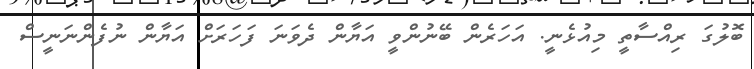
ބޮލުގަ ރިއްސާތީ މިއުޅެނީ. އަހަރެން ބޭނުންވީ އަޔާން ދެވަނަ ފަހަރަށް އަޔާން ނުފެންނަނީސް